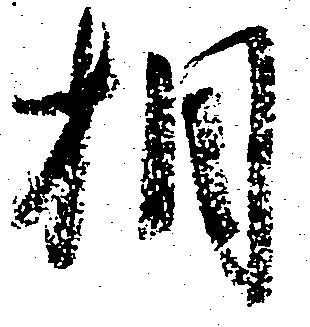
相